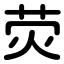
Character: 荧